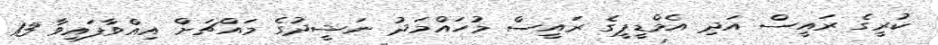
ކުރީގެ ރައީސް އަދި އެމްޑީޕީގެ ރައީސް މުހައްމަދު ނަޝީދުގެ މައްޗަށް އިއްވާފައިވާ 13